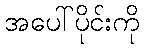
အပေါ်ပိုင်းကို